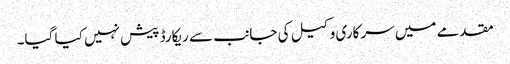
مقدمے میں سرکاری وکیل کی جانب سے ریکارڈ پیش نہیں کیا گیا۔